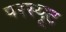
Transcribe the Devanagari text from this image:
परस्यूट